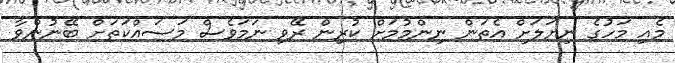
މެއި މަހުގެ ނިޔަލަށް އެތަން ނިންމުމަށް ކުރިން ރޭވި ނަމަވެސް މަސައްކަތަށް ބޭނުންވާ